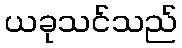
ယခုသင်သည်